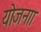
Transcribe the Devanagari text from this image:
योजनाा